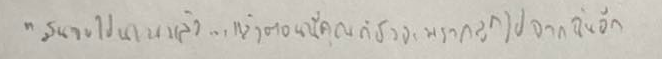
"มันจบไปนานแล้ว...แล้วตอนนี้คุณก็ยังจะพรากลูกไปจากฉันอีก